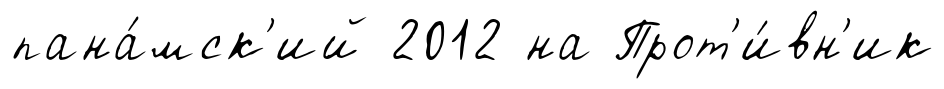
пана́мск'ий 2012 на Прот'и́вн'ик